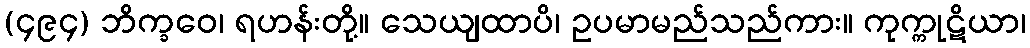
(၄၉၄) ဘိက္ခဝေ၊ ရဟန်းတို့။ သေယျထာပိ၊ ဥပမာမည်သည်ကား။ ကုက္ကုဋိယာ၊